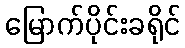
မြောက်ပိုင်းခရိုင်